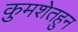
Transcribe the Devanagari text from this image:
कुमशेतहुन